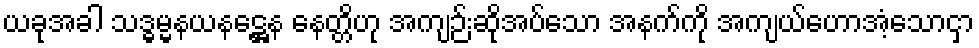
ယခုအခါ သဒ္ဓမ္မနယနဋ္ဌေန နေတ္တိဟု အကျဉ်းဆိုအပ်သော အနက်ကို အကျယ်ဟောအံ့သောငှာ